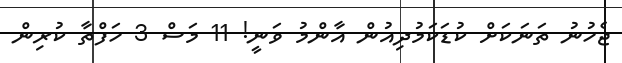
ޖެހުނު ތަނަކަށް ކުޑަކަމުދިއުން އާންމު ވަނީ! 11 މަސް 3 ހަފްތާ ކުރިން